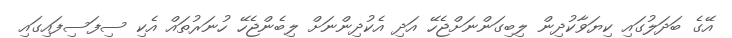
އޭގެ ބަދަލުގައި ކިޔަވާކުދިން ލިބިގަންނަށްޖެހޭ އަދި އެކުދިންނަށް ލިބެންޖެހޭ ހުނަރުތައް އެކި ސިފަސިފައިގައި